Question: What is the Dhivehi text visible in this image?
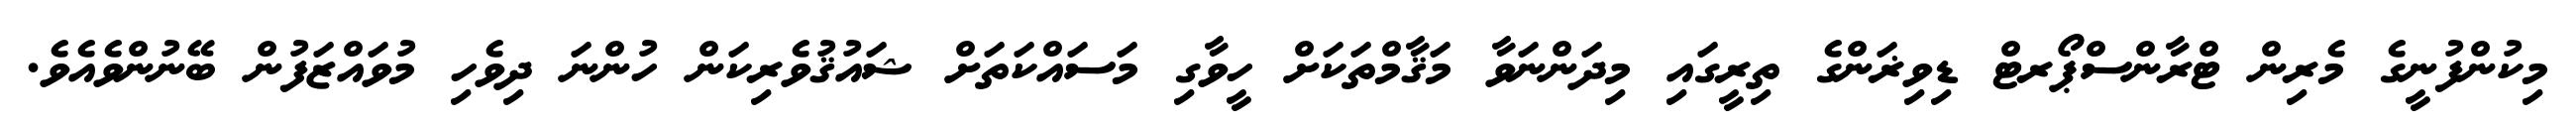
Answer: މިކުންފުނީގެ މެރިން ޓްރާންސްޕޯރޓް ޑިވިޜަންގެ ތިރީގައި މިދަންނަވާ މަޤާމްތަކަށް ހީވާގި މަސައްކަތަށް ޝައުޤުވެރިކަން ހުންނަ ދިވެހި މުވައްޒަފުން ބޭނުންވެއެވެ.